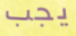
يجب